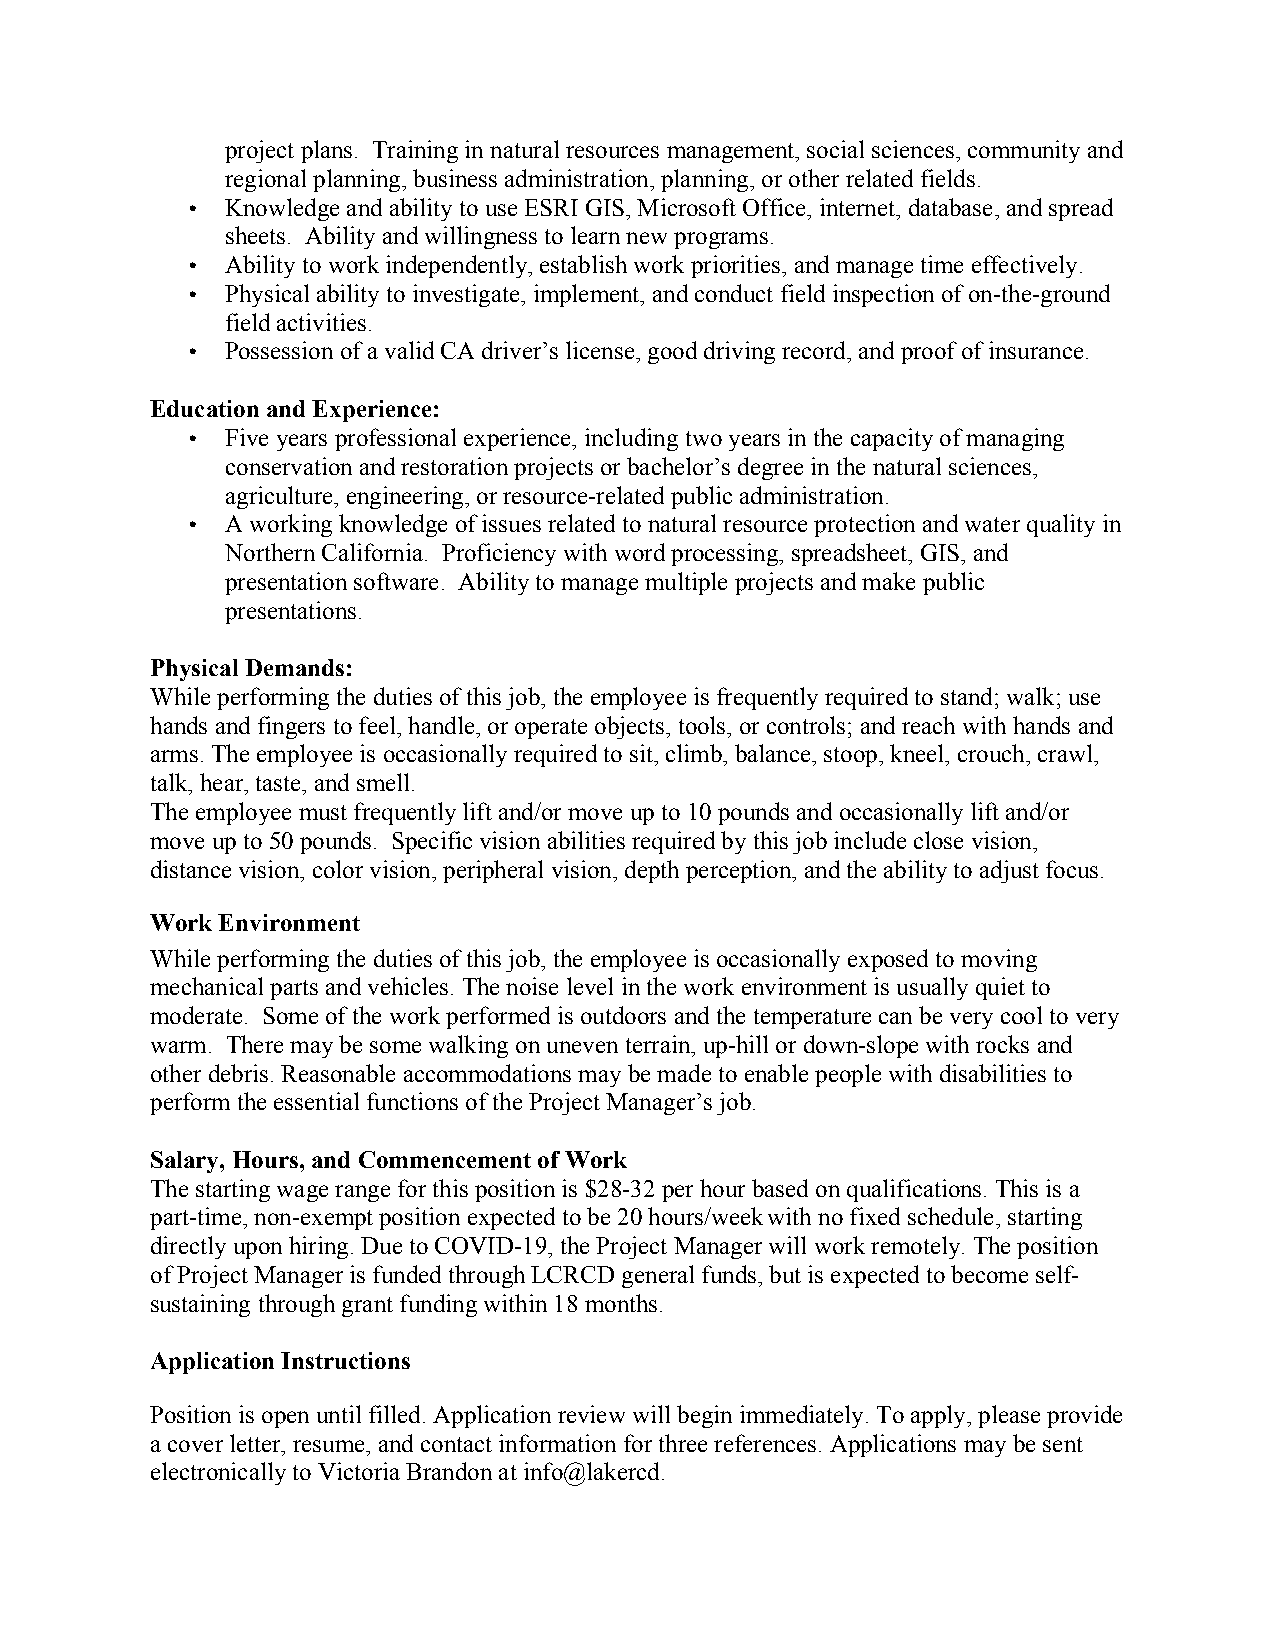
project plans. Training in natural resources management, social sciences, community and
 regional planning, business administration, planning, or other related fields.
 •  Knowledge and ability to use ESRI GIS, Microsoft Office, internet, database, and spread
 sheets. Ability and willingness to learn new programs.
 •  Ability to work independently, establish work priorities, and manage time effectively.
 •  Physical ability to investigate, implement, and conduct field inspection of on-the-ground
 field activities.
 •  Possession of a valid CA driver’s license, good driving record, and proof of insurance.
 Education and Experience:
 •  Five years professional experience, including two years in the capacity of managing
 conservation and restoration projects or bachelor’s degree in the natural sciences,
 agriculture, engineering, or resource-related public administration.
 •  A working knowledge of issues related to natural resource protection and water quality in
 Northern California. Proficiency with word processing, spreadsheet, GIS, and
 presentation software. Ability to manage multiple projects and make public
 presentations.
 Physical Demands:
 While performing the duties of this job, the employee is frequently required to stand; walk; use
 hands and fingers to feel, handle, or operate objects, tools, or controls; and reach with hands and
 arms. The employee is occasionally required to sit, climb, balance, stoop, kneel, crouch, crawl,
 talk, hear, taste, and smell.
 The employee must frequently lift and/or move up to 10 pounds and occasionally lift and/or
 move up to 50 pounds. Specific vision abilities required by this job include close vision,
 distance vision, color vision, peripheral vision, depth perception, and the ability to adjust focus.
 Work Environment
 While performing the duties of this job, the employee is occasionally exposed to moving
 mechanical parts and vehicles. The noise level in the work environment is usually quiet to
 moderate. Some of the work performed is outdoors and the temperature can be very cool to very
 warm. There may be some walking on uneven terrain, up-hill or down-slope with rocks and
 other debris. Reasonable accommodations may be made to enable people with disabilities to
 perform the essential functions of the Project Manager’s job.
 Salary, Hours, and Commencement of Work
 The starting wage range for this position is $28-32 per hour based on qualifications. This is a
 part-time, non-exempt position expected to be 20 hours/weekwith no fixed schedule, starting
 directly upon hiring. Due to COVID-19, the Project Manager will work remotely. The position
 of Project Manager is funded through LCRCD general funds, but is expected to become self-
 sustaining through grant funding within 18 months.
 Application Instructions
 Position is open until filled. Application review will begin immediately. To apply, please provide
 a cover letter, resume, and contact information for three references. Applications may be sent
 electronically to Victoria Brandon at info@lakercd.